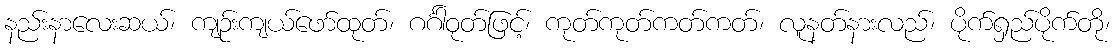
နည်းနာလေးဆယ်၊ ကျဉ်းကျယ်ဖော်ထုတ်၊ ဂင်္ဂါဝုတ်ဖြင့်၊ ကုတ်ကုတ်ကတ်ကတ်၊ လူနတ်နားလည်၊ ပိုက်ရှည်ပိုက်တို၊